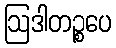
ဩဒါတဉ္စပေ